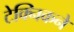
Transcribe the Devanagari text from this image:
टेक्निकने